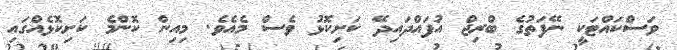
ވަސްކައްޓަކީ ނޭފަތުގެ ބްރިޖް އުފައްދައިދޭ ކަށިކޮޅު ވެސް މެއެވެ. މިއިން ކޮންމެ ކަށިކޮޅެއްގައި